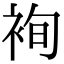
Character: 䘩